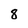
Character: 8